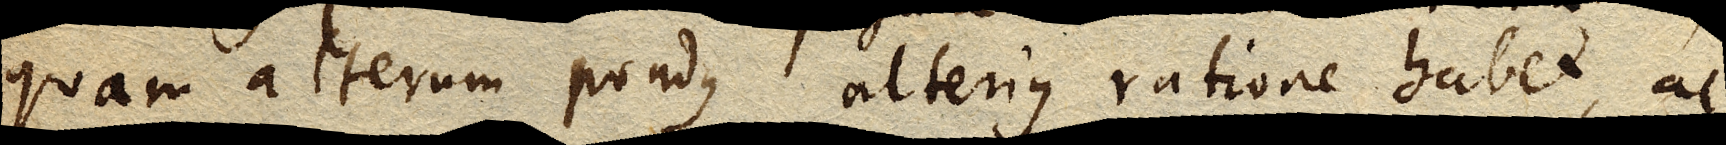
quam alterum pondus alterius ratione habet, ac